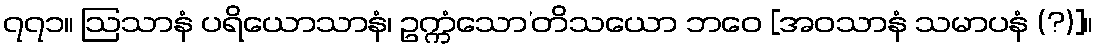
၇၇၁။ ဩသာနံ ပရိယောသာနံ၊ ဥက္ကံသော’တိသယော ဘဝေ [အဝသာနံ သမာပနံ (?)]။